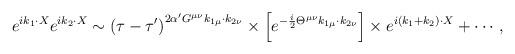
LaTeX: \begin{align*}e^{ik_{1}\cdot X}e^{ik_{2}\cdot X}\sim \left( \tau -\tau '\right) ^{2\alpha 'G^{\mu \nu }k_{1\mu }\cdot k_{2\nu }}\times \left[ e^{-\frac{i}{2}\Theta ^{\mu \nu }k_{1\mu }\cdot k_{2\nu }}\right] \times e^{i\left( k_{1}+k_{2}\right) \cdot X}+\cdots ,\end{align*}